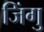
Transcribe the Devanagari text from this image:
जिंगु